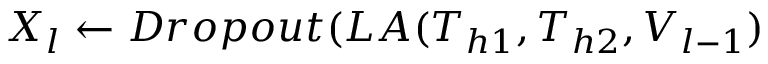
X _ { l } \gets D r o p o u t ( L A ( T _ { h 1 } , T _ { h 2 } , V _ { l - 1 } )